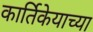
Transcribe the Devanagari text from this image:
कार्तिकेयाच्या